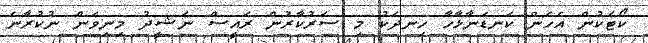
ކޯޓަކުން އެހެން ކަނޑަނާޅާހާ ހިނދަކު މި ސަރުކާރުން ރައީސް ނަޝީދު މިނިވަން ނުކުރާނެ